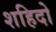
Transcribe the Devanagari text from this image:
शहिदो